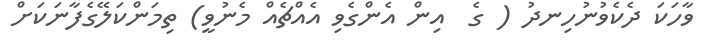
ވާހަކަ ދެކެވުނުހިނދު ( ގެ  އިން އެންގެވި އެއްޗެއް މެނުވީ) ތިމަންކަލޭގެފާނަކަށް